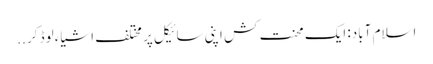
اسلام آباد: ایک محنت کش اپنی سائیکل پر مختلف اشیاء لوڈ کر ..